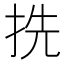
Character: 㧥